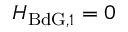
H _ { \mathrm { B d G } , 1 } = 0